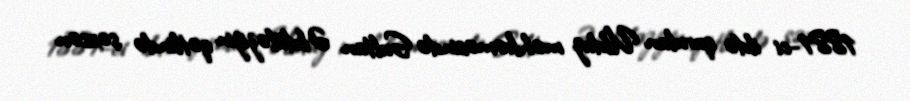
1881-ci ildə qurulan Ulduz məhkəməsində Sultan Əbdüləzizin qətlində şəxsən